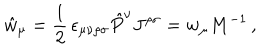
LaTeX: \hat { w } _ { \mu } = \frac { 1 } { 2 } \, \epsilon _ { \mu \nu \rho \sigma } \hat { P } ^ { \nu } J ^ { \rho \sigma } = w _ { \mu } M ^ { - 1 } \, ,